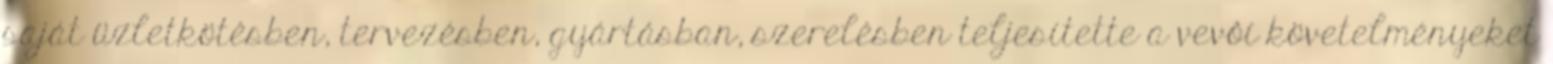
saját üzletkötésben, tervezésben, gyártásban, szerelésben teljesítette a vevôi követelményeket